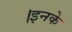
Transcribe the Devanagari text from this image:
।इनके